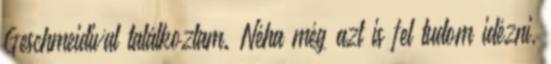
Geschmeidival találkoztam. Néha még azt is fel tudom idézni,